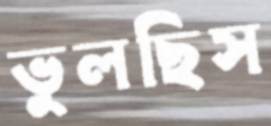
ভুলছিস